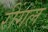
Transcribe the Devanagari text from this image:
रींगल